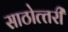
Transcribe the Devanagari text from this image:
साठोत्‍तरी